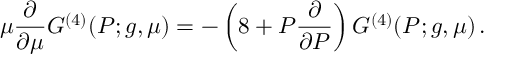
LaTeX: \mu \frac { \partial } { \partial \mu } G ^ { ( 4 ) } ( P ; g , \mu ) = - \left( 8 + P \frac { \partial } { \partial P } \right) G ^ { ( 4 ) } ( P ; g , \mu ) \, .